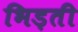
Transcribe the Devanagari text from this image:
भिड़ती